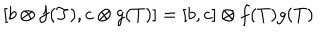
[ b \otimes f ( T ) , c \otimes g ( T ) ] = [ b , c ] \otimes f ( T ) g ( T )